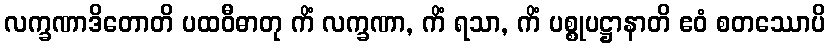
လက္ခဏာဒိတောတိ ပထဝီဓာတု ကိံ လက္ခဏာ, ကိံ ရသာ, ကိံ ပစ္စုပဋ္ဌာနာတိ ဧဝံ စတဿောပိ